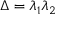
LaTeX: \Delta = \lambda _ { 1 } \lambda _ { 2 }